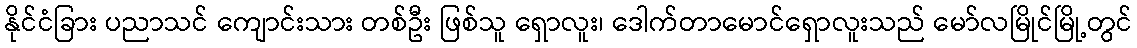
နိုင်ငံခြား ပညာသင် ကျောင်းသား တစ်ဦး ဖြစ်သူ ရှောလူး၊ ဒေါက်တာမောင်ရှောလူးသည် မော်လမြိုင်မြို့တွင်